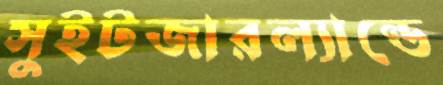
সুইটজারল্যান্ডে